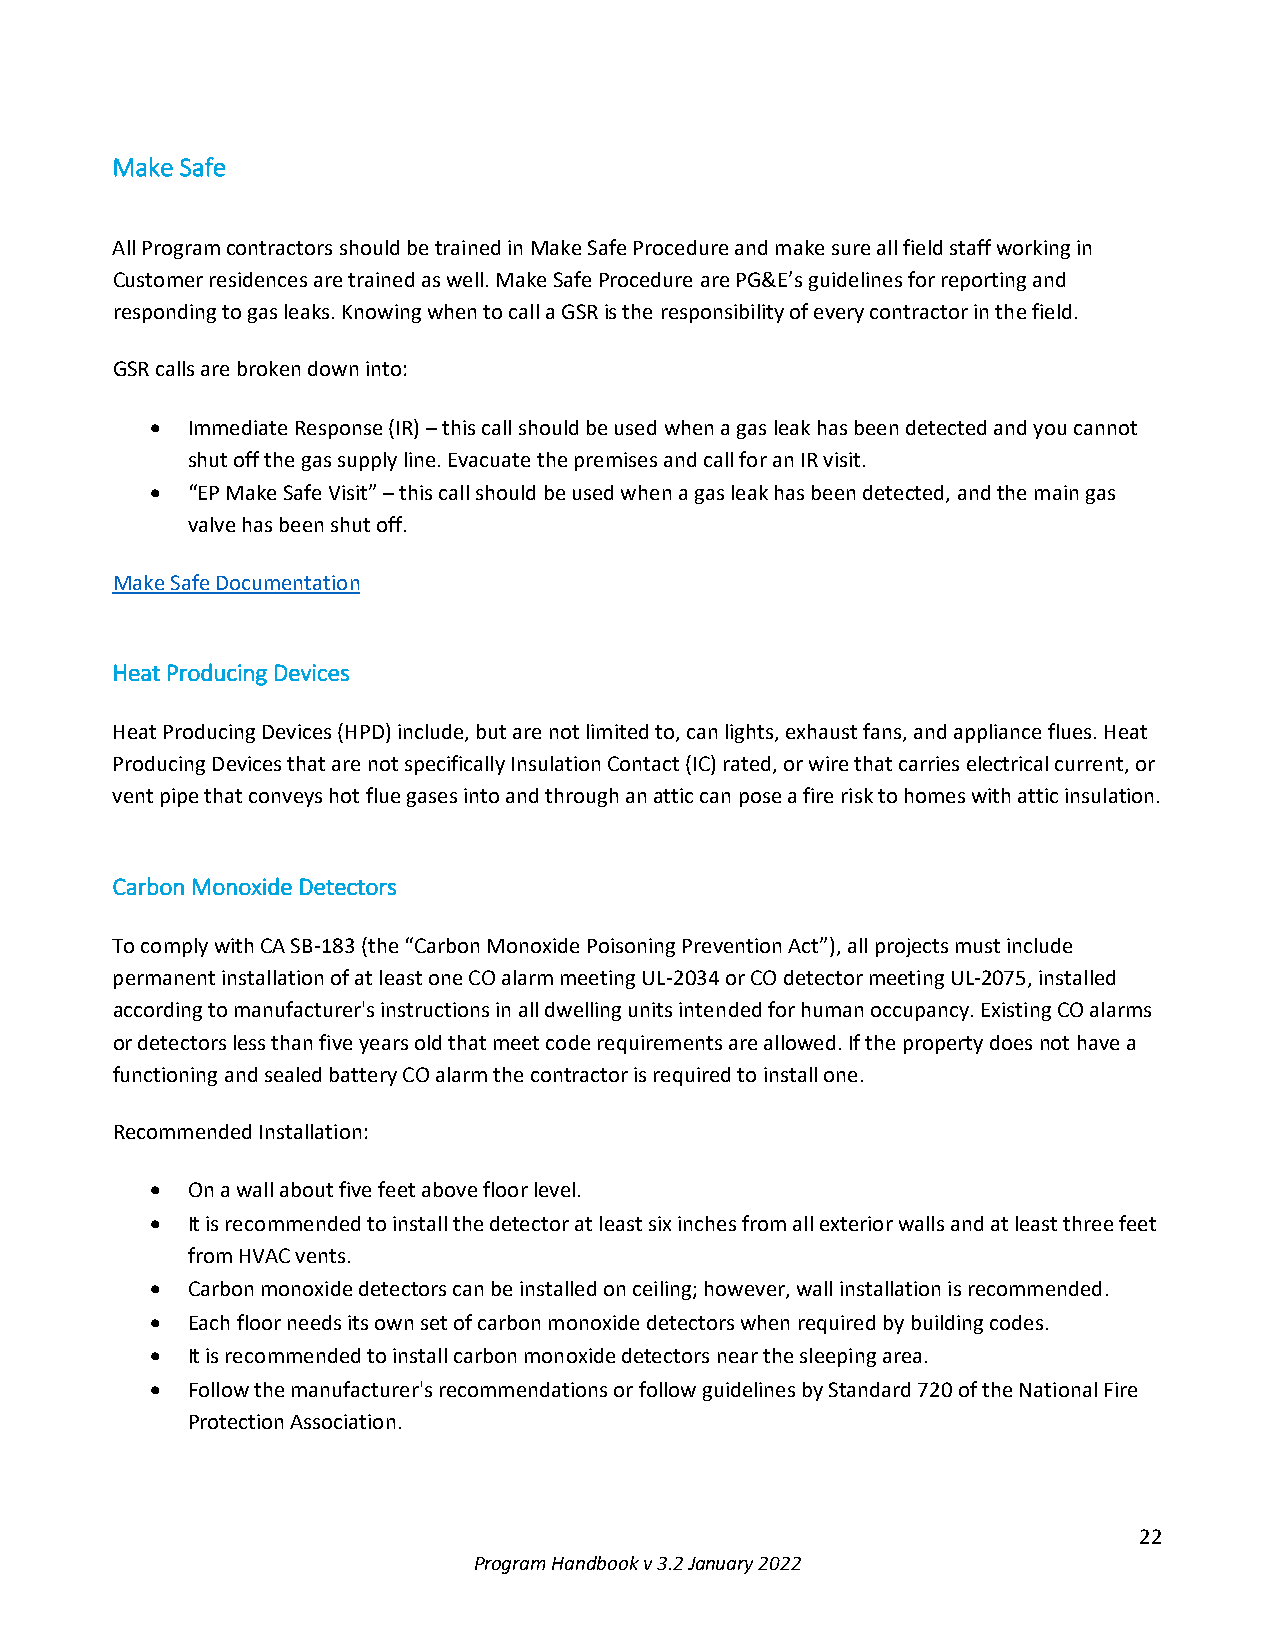
Make Safe
 All Program contractors should be trained in Make Safe Procedure and make sure all field staff working in
 Customer residences are trained as well. Make Safe Procedure are PG&E’s guidelines for reporting and
 responding to gas leaks. Knowing when to call a GSR is the responsibility of every contractor in the field.
 GSR calls are broken down into:
 • Immediate Response (IR) – this call should be used when a gas leak has been detected and you cannot
 shut off the gas supply line. Evacuate the premises and call for an IR visit.
 • “EP Make Safe Visit” – this call should be used when a gas leak has been detected, and the main gas
 valve has been shut off.
 Make Safe Documentation
 Heat Producing Devices
 Heat Producing Devices (HPD) include, but are not limited to, can lights, exhaust fans, and appliance flues. Heat
 Producing Devices that are not specifically Insulation Contact (IC) rated, or wire that carries electrical current, or
 vent pipe that conveys hot flue gases into and through an attic can pose a fire risk to homes with attic insulation.
 Carbon Monoxide Detectors
 To comply with CA SB-183 (the “Carbon Monoxide Poisoning Prevention Act”), all projects must include
 permanent installation of at least one CO alarm meeting UL-2034 or CO detector meeting UL-2075, installed
 according to manufacturer's instructions in all dwelling units intended for human occupancy. Existing CO alarms
 or detectors less than five years old that meet code requirements are allowed. If the property does not have a
 functioning and sealed battery CO alarm the contractor is required to install one.
 Recommended Installation:
 • On a wall about five feet above floor level.
 • It is recommended to install the detector at least six inches from all exterior walls and at least three feet
 from HVAC vents.
 • Carbon monoxide detectors can be installed on ceiling; however, wall installation is recommended.
 • Each floor needs its own set of carbon monoxide detectors when required by building codes.
 • It is recommended to install carbon monoxide detectors near the sleeping area.
 • Follow the manufacturer's recommendations or follow guidelines by Standard 720 of the National Fire
 Protection Association.
 22
 Program Handbook v 3.2 January 2022